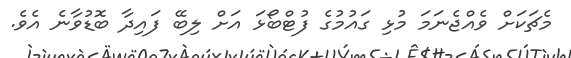
މެޗަކަށް ވެއްޖެނަމަ މުޅި ގައުމުގެ ފުޓްބޯޅަ އަށް ލިބޭ ފައިދާ ބޮޑުވާނެ އެވެ.